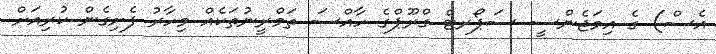
އެސް) ގެ އިމަޖެންސީ ސަޕޯރޓް ގްރޫޕްގެ ހާއްސަ ތަމްރީނުތަކެއް މިހާރު ފެށިގެން ކުރިއަށް